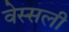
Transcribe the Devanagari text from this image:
वेस्सली